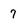
Character: 7